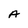
Character: A